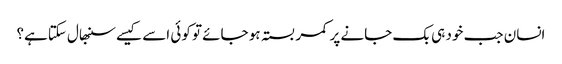
انسان جب خود ہی بک جانے پر کمر بستہ ہو جائے تو کوئی اسے کیسے سنبھال سکتاہے؟